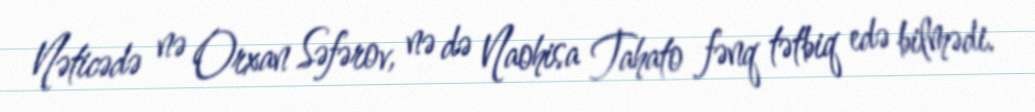
Nəticədə nə Orxan Səfərov, nə də Naohisa Tahato fənq tətbiq edə bilmədi.